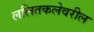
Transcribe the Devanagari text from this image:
ललितकलेवरील